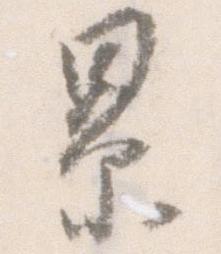
累